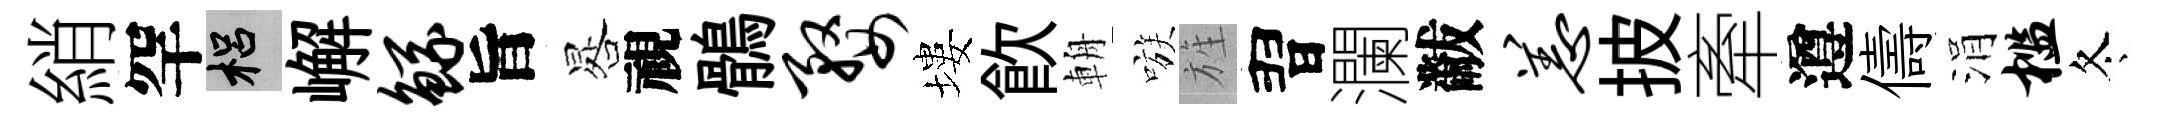
綃罕梠嶰鲧旨晷視鶻婺塿飮輈嗾旌習瀾黻恙披牽遵儔涓槛冬